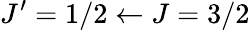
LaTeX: J^{\prime}=1/2\leftarrow J=3/2